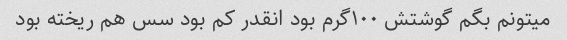
میتونم بگم گوشتش ۱۰۰گرم بود انقدر کم بود سس هم ریخته بود